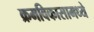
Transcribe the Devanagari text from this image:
क्रमविकासामध्ये